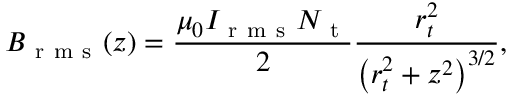
B _ { \mathrm { ~ r ~ m ~ s ~ } } ( z ) = \frac { \mu _ { 0 } I _ { \mathrm { ~ r ~ m ~ s ~ } } N _ { \mathrm { ~ t ~ } } } { 2 } \frac { r _ { t } ^ { 2 } } { \left( r _ { t } ^ { 2 } + z ^ { 2 } \right) ^ { 3 / 2 } } ,